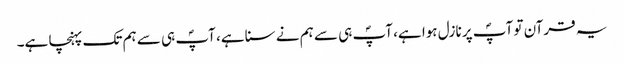
یہ قرآن تو آپؐ پر نازل ہوا ہے، آپؐ ہی سے ہم نے سنا ہے، آپؐ ہی سے ہم تک پہنچا ہے۔